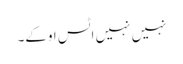
نہیں نہیں اٹس اوکے۔